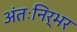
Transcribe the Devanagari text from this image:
अंतःनिर्भर